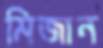
মিজান